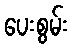
ပေးစွမ်း